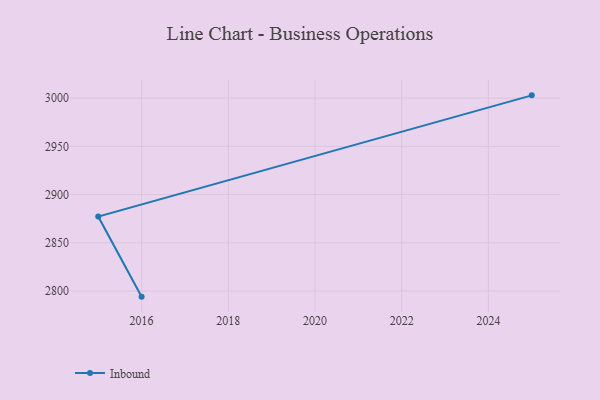
{"axis": {"x": "Year", "y": "Temperature (°C)"}, "legend": ["Inbound"], "data": [{"x": "2016", "y": 2794.2, "type": "Inbound"}, {"x": "2015", "y": 2877.2, "type": "Inbound"}, {"x": "2025", "y": 3002.9, "type": "Inbound"}]}